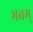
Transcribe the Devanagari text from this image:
भवम्